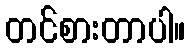
တင်စားတာပါ။